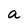
Character: a